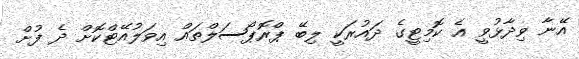
އޭނާ ވިދާޅުވީ އެ ކޮމިޓީގެ ދައުރަކީ ލިބޭ ޕްރޮޕޯސަލްތައް އިވަލުއޭޓްކޮށް ދެ ފުށް